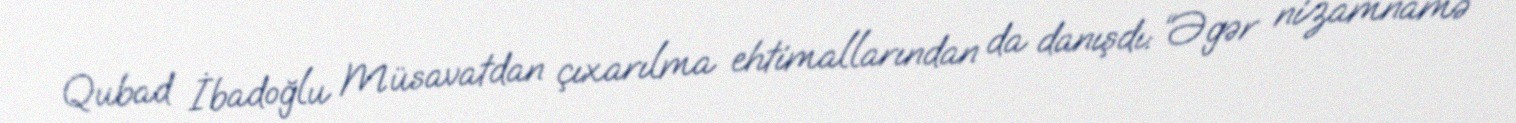
Qubad İbadoğlu Müsavatdan çıxarılma ehtimallarından da danışdı: “Əgər nizamnamə